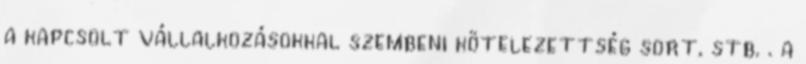
a kapcsolt vállalkozásokkal szembeni kötelezettség sort, stb. . a